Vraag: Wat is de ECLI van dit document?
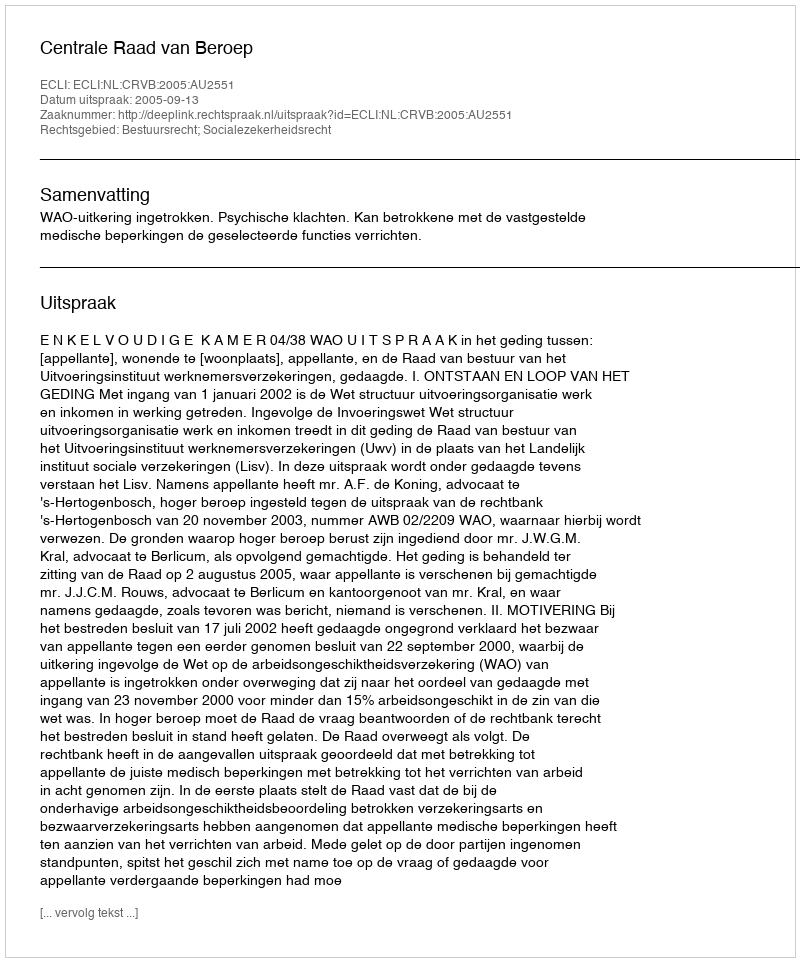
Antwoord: ECLI:NL:CRVB:2005:AU2551